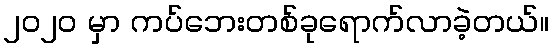
၂၀၂၀ မှာ ကပ်ဘေးတစ်ခုရောက်လာခဲ့တယ်။